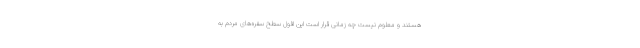
هستند و معلوم نیست چه زمانی قرار است این افول سطح سفره‌های مردم به